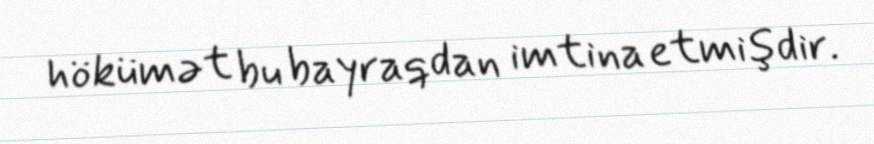
hökümət bu bayraqdan imtina etmişdir.